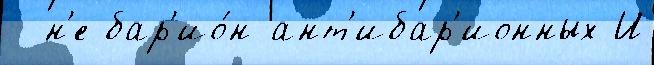
- н'е бар'ио́н-ант'ибар'ионных И